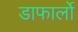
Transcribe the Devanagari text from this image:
डाफार्लो